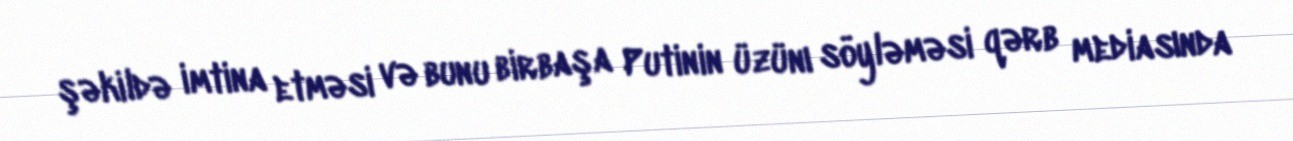
şəkildə imtina etməsi və bunu birbaşa Putinin üzünı söyləməsi qərb mediasında